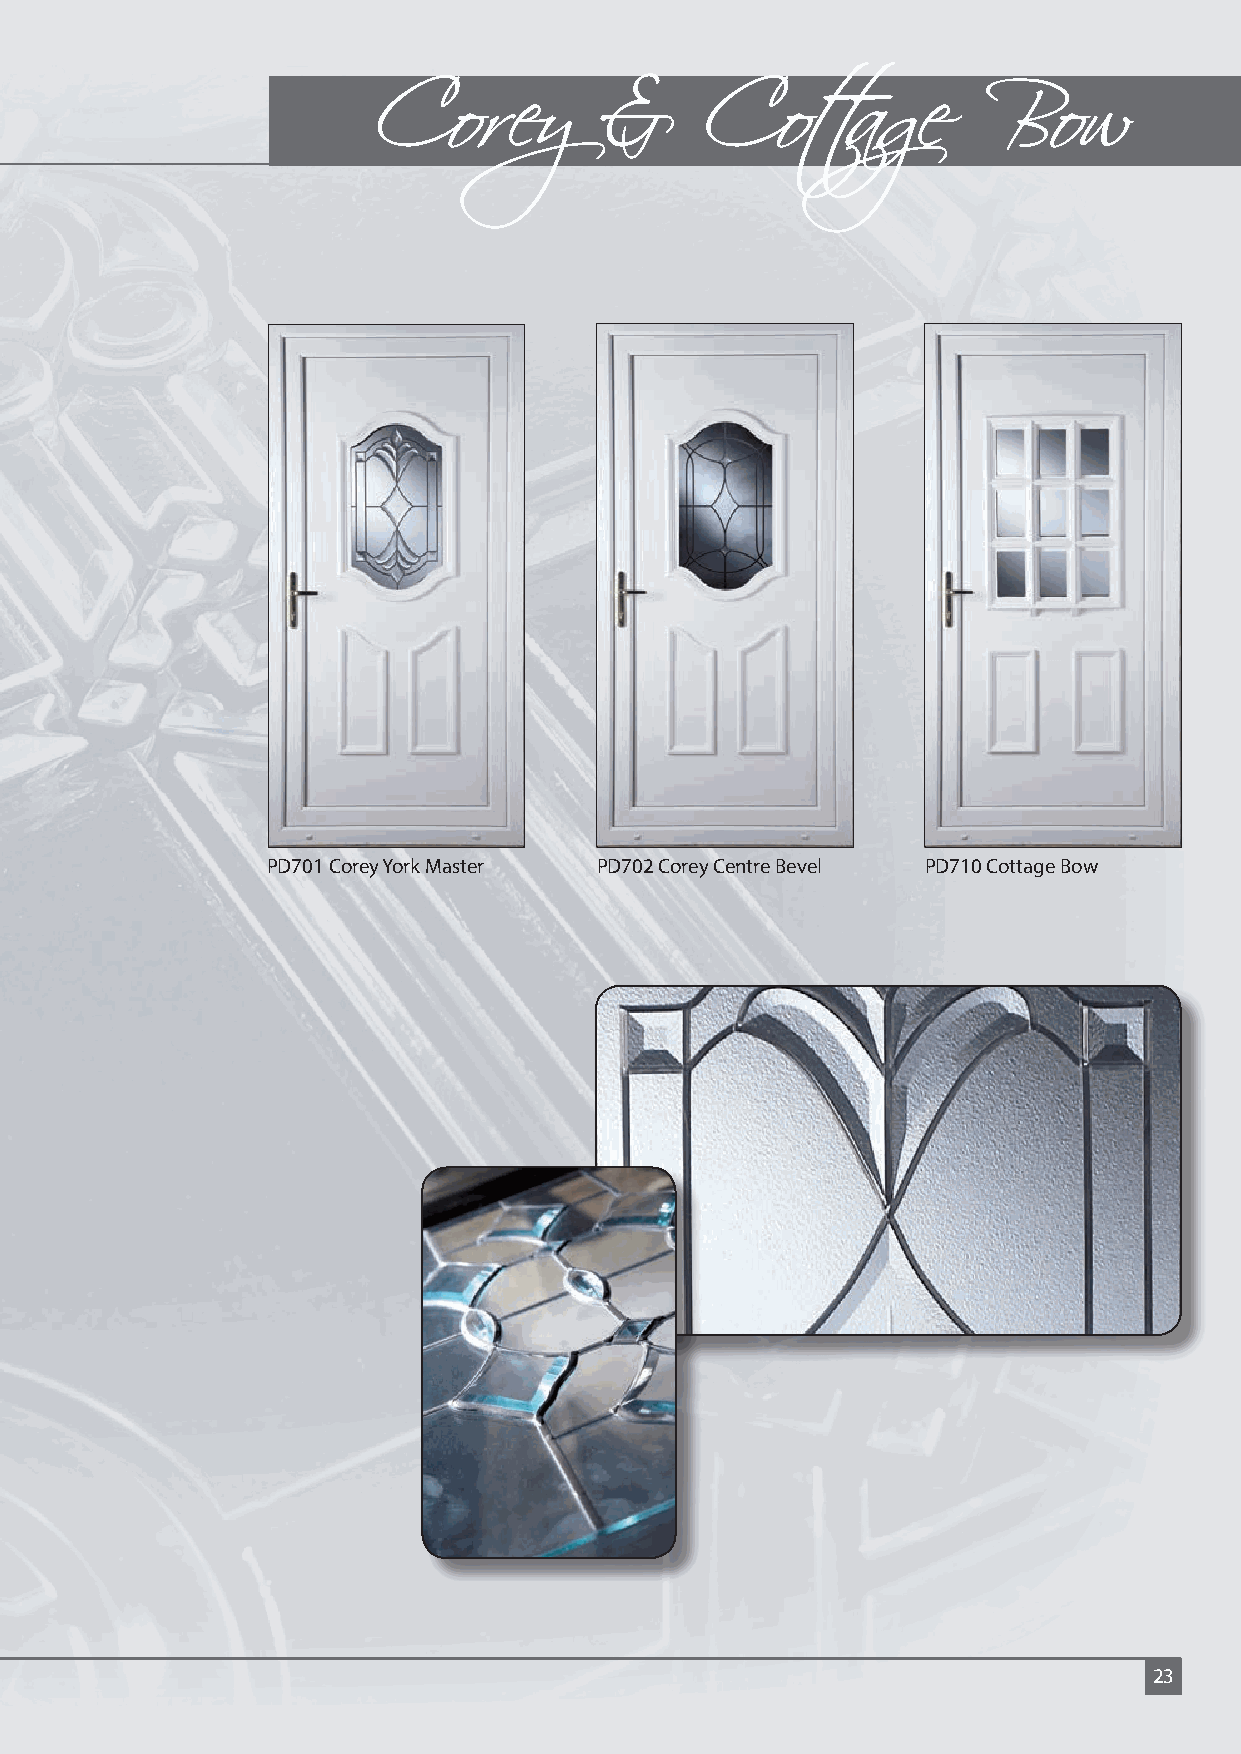
Corey          &     Cottage            Bow
 PD701 Corey York Master PD702 Corey Centre Bevel PD710 Cottage Bow
 23